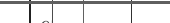
٦٥